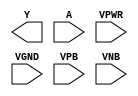
module sky130_fd_sc_hd__inv (
    Y   ,
    A   ,
    VPWR,
    VGND,
    VPB ,
    VNB
);

    output Y   ;
    input  A   ;
    input  VPWR;
    input  VGND;
    input  VPB ;
    input  VNB ;
endmodule